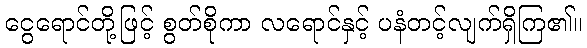
ငွေရောင်တို့ဖြင့် စွတ်စိုကာ လရောင်နှင့် ပနံတင့်လျက်ရှိကြ၏။